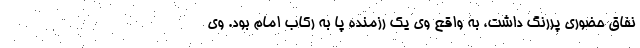
نفاق حضوری پررنگ داشت، به واقع وی یک رزمنده پا به رکاب امام بود. وی